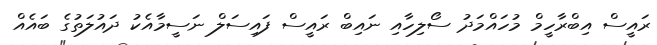
ރައީސް އިބްރާހީމް މުހައްމަދު ސޯލިހާއި ނައިބް ރައީސް ފައިސަލް ނަސީމާއެކު ދައުލަތުގެ ބައެއް